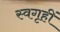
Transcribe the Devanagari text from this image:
स्वगृहीं